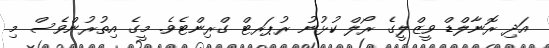
އަދި ރޮނާލްޑް ވީޒްލީގެ ރޯލް ކުޅުނު ރުޕަރޓް ގްރިންޓެވެ. މީގެ އިތުރުންވެސް މި